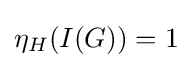
\eta _{H}(I(G))=1